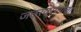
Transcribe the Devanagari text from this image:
जठरव्रणाचा